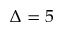
\Delta = 5